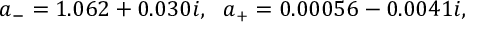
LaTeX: a _ { - } = 1 . 0 6 2 + 0 . 0 3 0 i , \ \ a _ { + } = 0 . 0 0 0 5 6 - 0 . 0 0 4 1 i ,